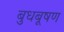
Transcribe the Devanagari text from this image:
बुधबूषण